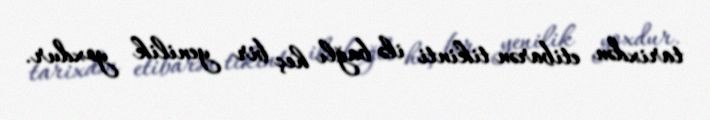
tarixdən etibarən tikinti ilə bağlı heç bir yenilik yoxdur.